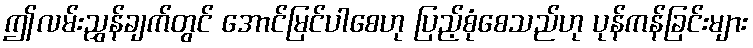
ဤလမ်းညွှန်ချက်တွင် အောင်မြင်ပါစေဟု ပြည့်စုံစေသည်ဟု ပုန်ကန်ခြင်းများ